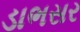
ડાભસર